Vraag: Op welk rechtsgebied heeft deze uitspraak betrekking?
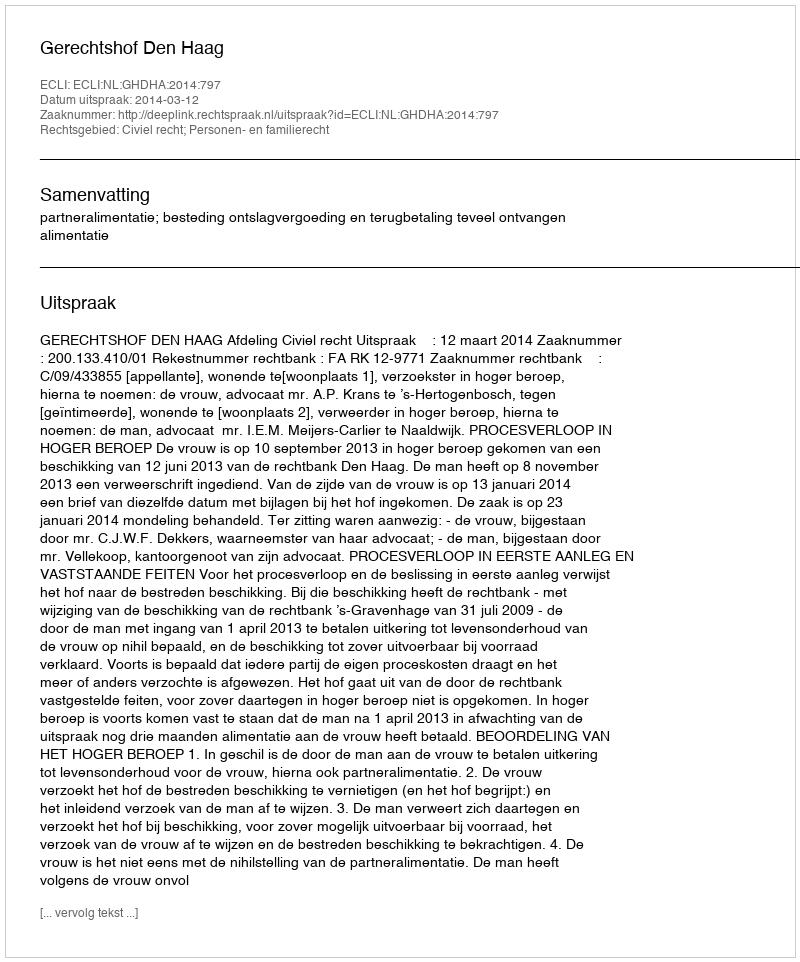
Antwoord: Civiel recht; Personen- en familierecht